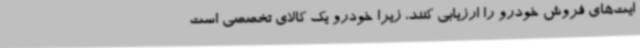
ایت‌های فروش خودرو را ارزیابی کنند، زیرا خودرو یک کالای تخصصی است